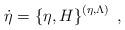
LaTeX: \begin{align*}\dot{\eta}=\left\{\eta,H\right\}^{(\eta,\Lambda)}\;,\end{align*}